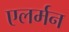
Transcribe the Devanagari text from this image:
एलर्मन